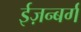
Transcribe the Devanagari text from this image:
ईज़न्बर्ग